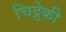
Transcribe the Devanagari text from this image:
चिट्ठेकी